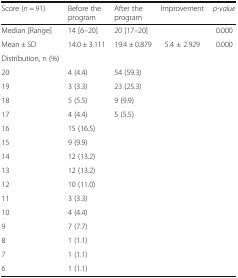
| Score (n = 91) | Before the program | After the program | Improvement | p-value |
 | --- | --- | --- | --- | --- |
 | Median [Range] | 14 [6–20] | 20 [17–20] |  | 0.000 |
 | Mean ± SD | 14.0 ± 3.111 | 19.4 ± 0.879 | 5.4 ± 2.929 | 0.000 |
 | Distribution, n (%) |  |  |  |  |
 | 20 | 4 (4.4) | 54 (59.3) |  |  |
 | 19 | 3 (3.3) | 23 (25.3) |  |  |
 | 18 | 5 (5.5) | 9 (9.9) |  |  |
 | 17 | 4 (4.4) | 5 (5.5) |  |  |
 | 16 | 15 (16.5) |  |  |  |
 | 15 | 9 (9.9) |  |  |  |
 | 14 | 12 (13.2) |  |  |  |
 | 13 | 12 (13.2) |  |  |  |
 | 12 | 10 (11.0) |  |  |  |
 | 11 | 3 (3.3) |  |  |  |
 | 10 | 4 (4.4) |  |  |  |
 | 9 | 7 (7.7) |  |  |  |
 | 8 | 1 (1.1) |  |  |  |
 | 7 | 1 (1.1) |  |  |  |
 | 6 | 1 (1.1) |  |  |  |